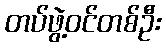
တပ်ဖွဲ့ဝင်တစ်ဦး